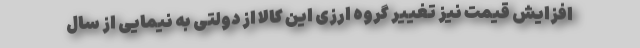
افزایش قیمت نیز تغییر گروه ارزی این کالا از دولتی به نیمایی از سال